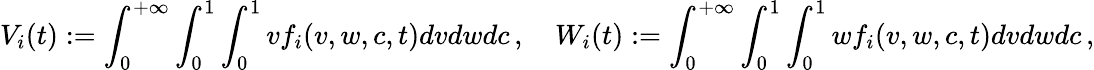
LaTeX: V_{i}(t):=\int_{0}^{+\infty}\int_{0}^{1}\int_{0}^{1}vf_{i}(v,w,c,t)dvdwdc\, ,\quad W_{i}(t):=\int_{0}^{+\infty}\int_{0}^{1}\int_{0}^{1}wf_{i}(v,w,c,t)dvdwdc\, ,